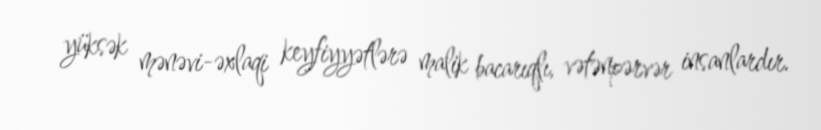
yüksək mənəvi-əxlaqi keyfiyyətlərə malik bacarıqlı, vətənpərvər insanlardır.